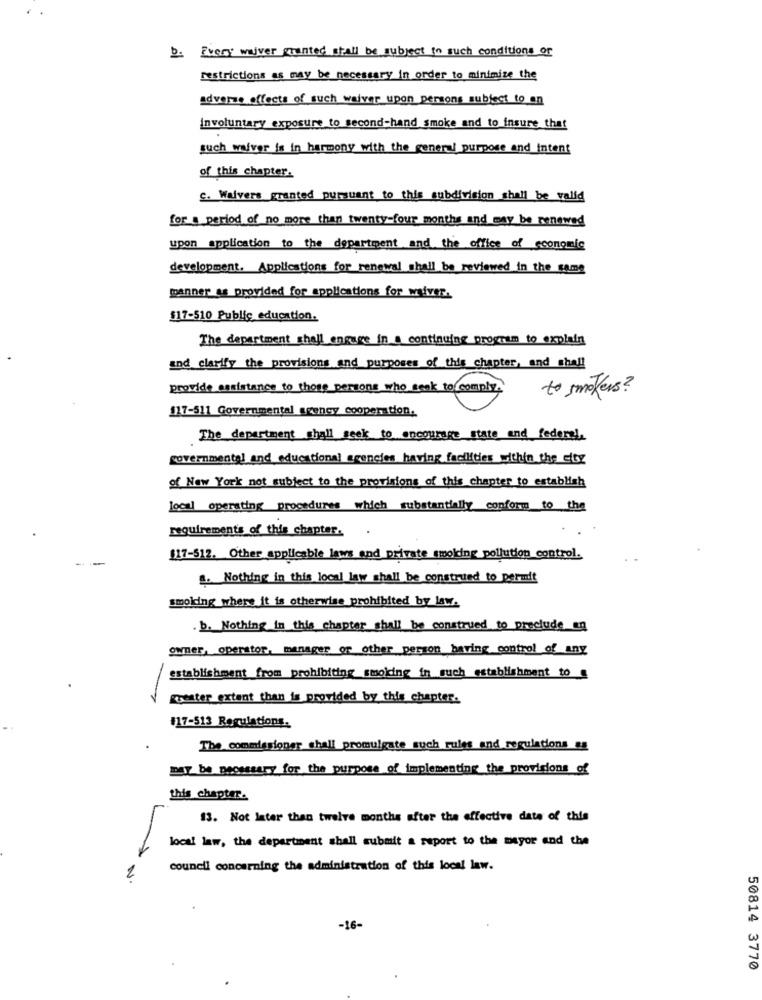
b. Every waiver wanted shall be subject in such conditions of
restrictions as may be necessary in order to minimize the
adverse effects of such waiver upon persons subject to an
involuntary exposure to second-hand smoke and to insure that
such waiver is in harmony with the general purpose and intent
of this chapter.
c. Waivers granted pursuant to this subdivision shall be valid
for a period of no more than twenty-four months and may be renewed
upon application to the department and the office of economic
development. Applications for renewal shall be reviewed in the same
manner as provided for applications for waiver.
$17-510 Public education.
The department shall encare in a continuing program to explain
and clarify the provisions and purposes of this chapter, and shall
provide assistance to those persons who seek to comply.
to smokers ?
117-511 Governmental agency cooperation.
The department shall seek to encourage state and federal.
governmental and educational agencies having facilities within the city
of New York not subject to the provisions of this chapter to establish
local operating procedures which substantially conform to the
requirements of this chapter.
--
117-512. Other applicable laws and private smoking pollution control.
.. Nothing in this local law shall be construed to permit
smoking where it is otherwise prohibited by law.
. b. Nothing in this chapter shall be construed to preclude an
owner, operator, manager or other person having control of any
establishment from prohibiting smoking in such establishment to @
greater extent than is provided by this chapter.
#17-513 Regulations.
The commissioner shall promulgate such rules and regulations es
may be necessary for the purpose of implementing the provisions of
this chapter.
13. Not later than twelve months after the effective date of this
local law, the department shall submit a report to the mayor and the
council concerning the administration of this local law.
2
-16-
50814 3770